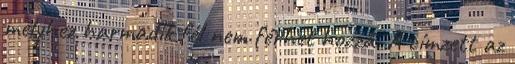
melyhez harmadik fél nem férhet hozzá. A címzett az